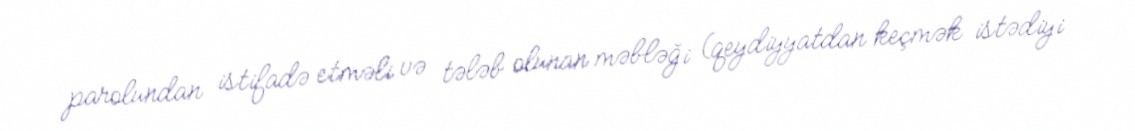
parolundan istifadə etməli və tələb olunan məbləği (qeydiyyatdan keçmək istədiyi